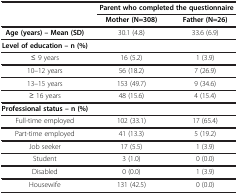
|  | <COLSPAN=2> Parent who completed the questionnaire |
 |  | Mother (N=308) | Father (N=26) |
 | --- | --- | --- |
 | Age (years) – Mean (SD) | 30.1 (4.8) | 33.6 (6.9) |
 | Level of education – n (%) |  |  |
 | ≤ 9 years | 16 (5.2) | 1 (3.9) |
 | 10–12 years | 56 (18.2) | 7 (26.9) |
 | 13–15 years | 153 (49.7) | 9 (34.6) |
 | ≥ 16 years | 48 (15.6) | 4 (15.4) |
 | Professional status – n (%) |  |  |
 | Full-time employed | 102 (33.1) | 17 (65.4) |
 | Part-time employed | 41 (13.3) | 5 (19.2) |
 | Job seeker | 17 (5.5) | 1 (3.9) |
 | Student | 3 (1.0) | 0 (0.0) |
 | Disabled | 0 (0.0) | 1 (3.9) |
 | Housewife | 131 (42.5) | 0 (0.0) |